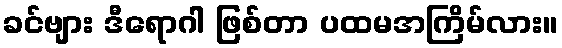
ခင်ဗျား ဒီရောဂါ ဖြစ်တာ ပထမအကြိမ်လား။